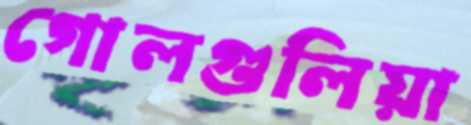
গোলগুলিয়া